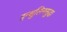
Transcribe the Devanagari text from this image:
इन्शुलिनसुद्धा